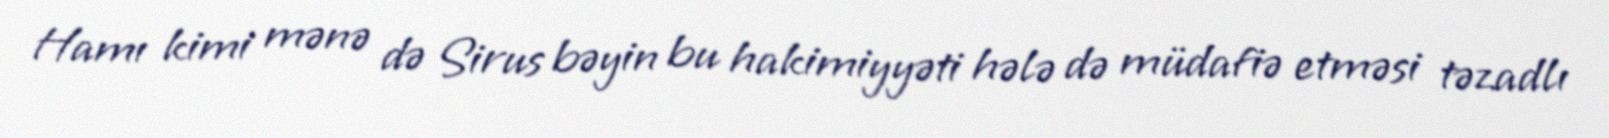
Hamı kimi mənə də Sirus bəyin bu hakimiyyəti hələ də müdafiə etməsi təzadlı